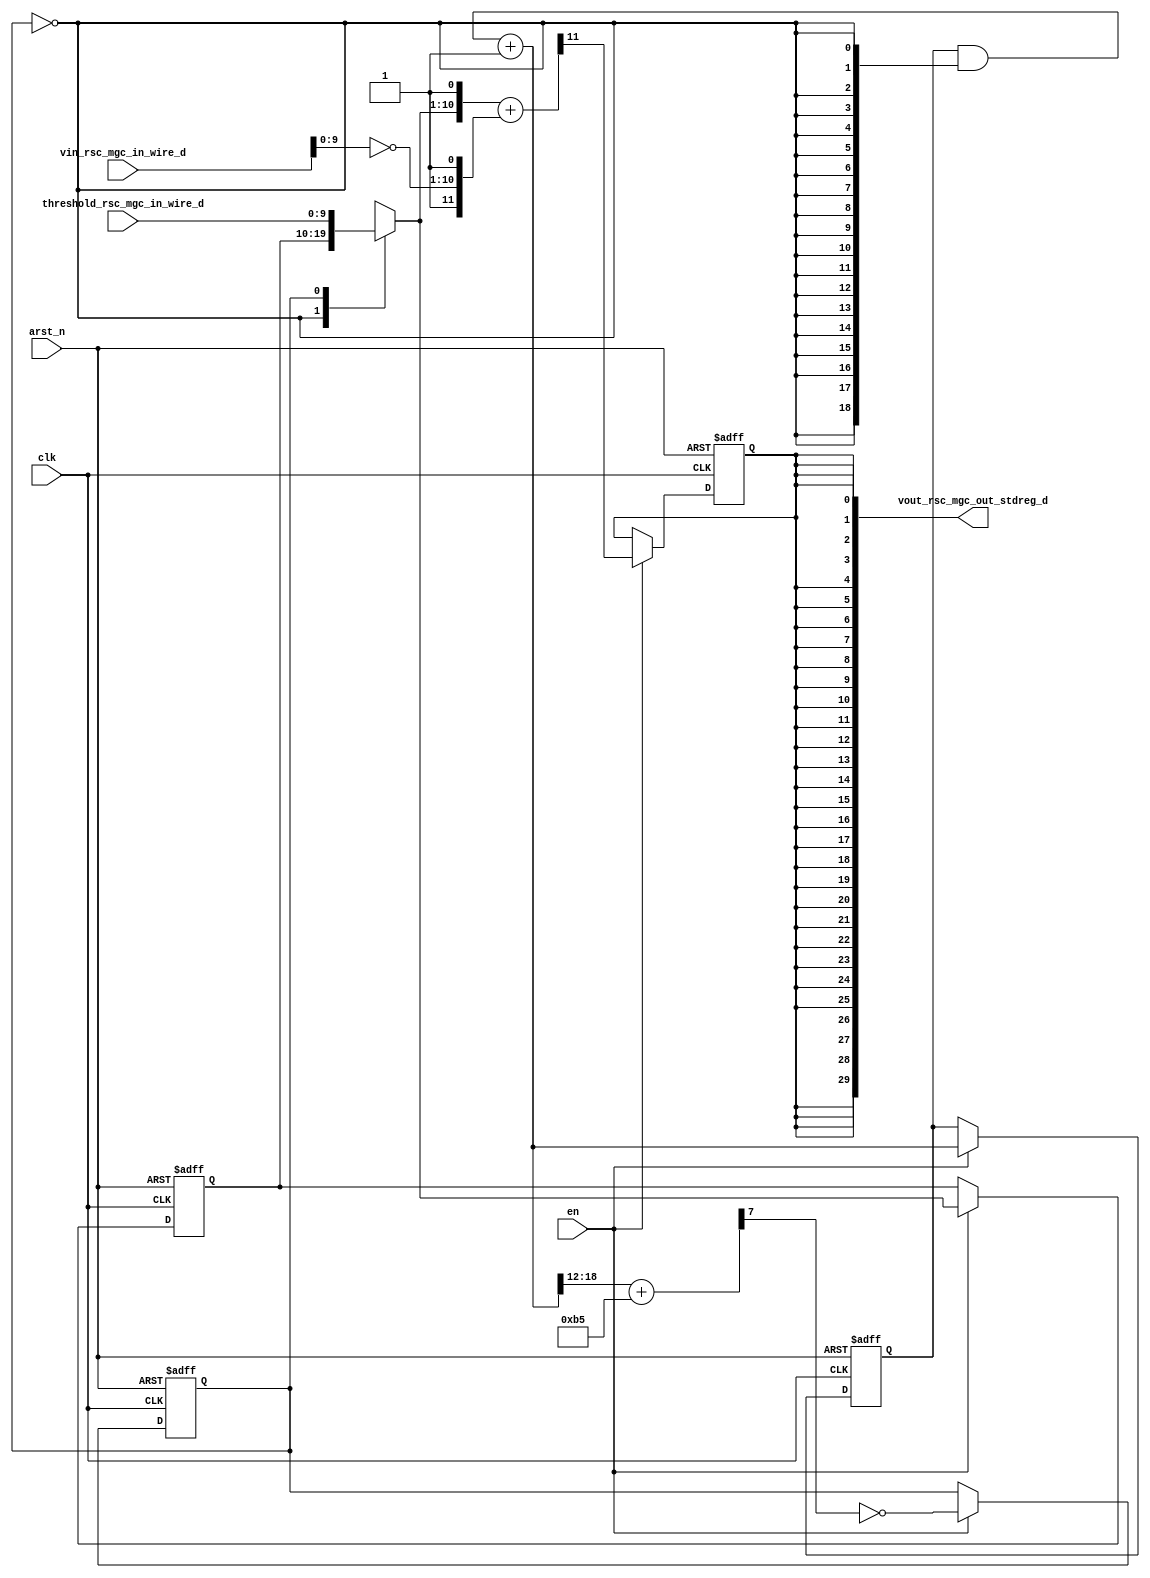
module blackwhite_core (
  clk, en, arst_n, vin_rsc_mgc_in_wire_d, threshold_rsc_mgc_in_wire_d, vout_rsc_mgc_out_stdreg_d
);
  input clk;
  input en;
  input arst_n;
  input [29:0] vin_rsc_mgc_in_wire_d;
  input [9:0] threshold_rsc_mgc_in_wire_d;
  output [29:0] vout_rsc_mgc_out_stdreg_d;


  // Interconnect Declarations
  reg exit_FRAME_lpi;
  reg [9:0] threshold_1_lpi_dfm;
  reg [18:0] FRAME_p_1_sva_1;
  reg reg_vout_rsc_mgc_out_stdreg_d_cse;
  wire [9:0] threshold_1_lpi_dfm_mx0;
  wire [18:0] FRAME_p_1_sva_2;
  wire [19:0] nl_FRAME_p_1_sva_2;


  // Interconnect Declarations for Component Instantiations 
  assign vout_rsc_mgc_out_stdreg_d = {({{9{reg_vout_rsc_mgc_out_stdreg_d_cse}}, reg_vout_rsc_mgc_out_stdreg_d_cse})
      , ({{9{reg_vout_rsc_mgc_out_stdreg_d_cse}}, reg_vout_rsc_mgc_out_stdreg_d_cse})
      , ({{9{reg_vout_rsc_mgc_out_stdreg_d_cse}}, reg_vout_rsc_mgc_out_stdreg_d_cse})};
  assign threshold_1_lpi_dfm_mx0 = MUX_v_10_2_2({threshold_1_lpi_dfm , threshold_rsc_mgc_in_wire_d},
      exit_FRAME_lpi);
  assign nl_FRAME_p_1_sva_2 = (FRAME_p_1_sva_1 & (signext_19_1(~ exit_FRAME_lpi)))
      + 19'b1;
  assign FRAME_p_1_sva_2 = nl_FRAME_p_1_sva_2[18:0];
  always @(posedge clk or negedge arst_n) begin
    if ( ~ arst_n ) begin
      threshold_1_lpi_dfm <= 10'b0;
      reg_vout_rsc_mgc_out_stdreg_d_cse <= 1'b0;
      exit_FRAME_lpi <= 1'b1;
      FRAME_p_1_sva_1 <= 19'b0;
    end
    else begin
      if ( en ) begin
        threshold_1_lpi_dfm <= threshold_1_lpi_dfm_mx0;
        reg_vout_rsc_mgc_out_stdreg_d_cse <= readslicef_12_1_11((conv_u2s_11_12({threshold_1_lpi_dfm_mx0
            , 1'b1}) + ({1'b1 , (~ (vin_rsc_mgc_in_wire_d[9:0])) , 1'b1})));
        exit_FRAME_lpi <= ~ (readslicef_8_1_7((conv_u2s_7_8(FRAME_p_1_sva_2[18:12])
            + 8'b10110101)));
        FRAME_p_1_sva_1 <= FRAME_p_1_sva_2;
      end
    end
  end

  function [9:0] MUX_v_10_2_2;
    input [19:0] inputs;
    input [0:0] sel;
    reg [9:0] result;
  begin
    case (sel)
      1'b0 : begin
        result = inputs[19:10];
      end
      1'b1 : begin
        result = inputs[9:0];
      end
      default : begin
        result = inputs[19:10];
      end
    endcase
    MUX_v_10_2_2 = result;
  end
  endfunction


  function [18:0] signext_19_1;
    input [0:0] vector;
  begin
    signext_19_1= {{18{vector[0]}}, vector};
  end
  endfunction


  function [0:0] readslicef_12_1_11;
    input [11:0] vector;
    reg [11:0] tmp;
  begin
    tmp = vector >> 11;
    readslicef_12_1_11 = tmp[0:0];
  end
  endfunction


  function [0:0] readslicef_8_1_7;
    input [7:0] vector;
    reg [7:0] tmp;
  begin
    tmp = vector >> 7;
    readslicef_8_1_7 = tmp[0:0];
  end
  endfunction


  function signed [11:0] conv_u2s_11_12 ;
    input [10:0]  vector ;
  begin
    conv_u2s_11_12 = {1'b0, vector};
  end
  endfunction


  function signed [7:0] conv_u2s_7_8 ;
    input [6:0]  vector ;
  begin
    conv_u2s_7_8 = {1'b0, vector};
  end
  endfunction

endmodule
module blackwhite (
  vin_rsc_z, threshold_rsc_z, vout_rsc_z, clk, en, arst_n
);
  input [29:0] vin_rsc_z;
  input [9:0] threshold_rsc_z;
  output [29:0] vout_rsc_z;
  input clk;
  input en;
  input arst_n;


  // Interconnect Declarations
  wire [29:0] vin_rsc_mgc_in_wire_d;
  wire [9:0] threshold_rsc_mgc_in_wire_d;
  wire [29:0] vout_rsc_mgc_out_stdreg_d;


  // Interconnect Declarations for Component Instantiations 
  mgc_in_wire #(.rscid(1),
  .width(30)) vin_rsc_mgc_in_wire (
      .d(vin_rsc_mgc_in_wire_d),
      .z(vin_rsc_z)
    );
  mgc_in_wire #(.rscid(2),
  .width(10)) threshold_rsc_mgc_in_wire (
      .d(threshold_rsc_mgc_in_wire_d),
      .z(threshold_rsc_z)
    );
  mgc_out_stdreg #(.rscid(3),
  .width(30)) vout_rsc_mgc_out_stdreg (
      .d(vout_rsc_mgc_out_stdreg_d),
      .z(vout_rsc_z)
    );
  blackwhite_core blackwhite_core_inst (
      .clk(clk),
      .en(en),
      .arst_n(arst_n),
      .vin_rsc_mgc_in_wire_d(vin_rsc_mgc_in_wire_d),
      .threshold_rsc_mgc_in_wire_d(threshold_rsc_mgc_in_wire_d),
      .vout_rsc_mgc_out_stdreg_d(vout_rsc_mgc_out_stdreg_d)
    );
endmodule